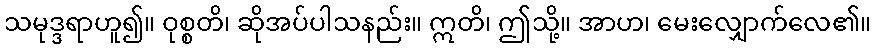
သမုဒ္ဒရာဟူ၍။ ဝုစ္စတိ၊ ဆိုအပ်ပါသနည်း။ ဣတိ၊ ဤသို့။ အာဟ၊ မေးလျှောက်လေ၏။